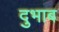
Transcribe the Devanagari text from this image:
दुभाब